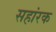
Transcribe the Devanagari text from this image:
सहांरक